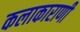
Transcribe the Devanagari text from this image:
कलाकाराणी